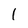
Character: l